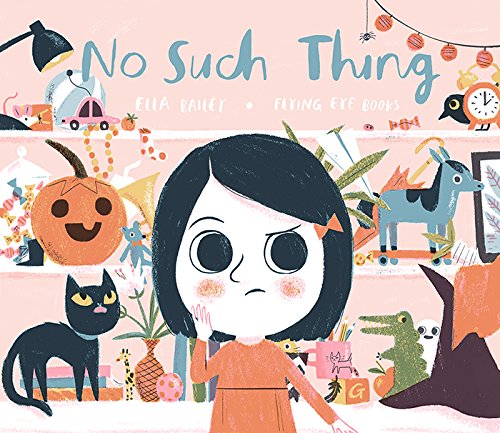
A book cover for No Such Thing; Humor & Entertainment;